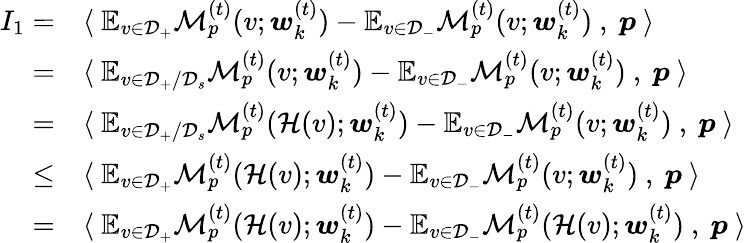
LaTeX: \begin{array}{rl}{I_{1}=}&{\langle~\mathbb{E}_{v\in\mathcal{D}_{+}}\mathcal{M}_{p}^{(t)}(v;{\boldsymbol w}_{k}^{(t)})-\mathbb{E}_{v\in\mathcal{D}_{-}}\mathcal{M}_{p}^{(t)}(v;{\boldsymbol w}_{k}^{(t)})~,~{\boldsymbol p}~\rangle}\\ {=}&{\langle~\mathbb{E}_{v\in\mathcal{D}_{+}/\mathcal{D}_{s}}\mathcal{M}_{p}^{(t)}(v;{\boldsymbol w}_{k}^{(t)})-\mathbb{E}_{v\in\mathcal{D}_{-}}\mathcal{M}_{p}^{(t)}(v;{\boldsymbol w}_{k}^{(t)})~,~{\boldsymbol p}~\rangle}\\ {=}&{\langle~\mathbb{E}_{v\in\mathcal{D}_{+}/\mathcal{D}_{s}}\mathcal{M}_{p}^{(t)}(\mathcal{H}(v);{\boldsymbol w}_{k}^{(t)})-\mathbb{E}_{v\in\mathcal{D}_{-}}\mathcal{M}_{p}^{(t)}(v;{\boldsymbol w}_{k}^{(t)})~,~{\boldsymbol p}~\rangle}\\ {\le}&{\langle~\mathbb{E}_{v\in\mathcal{D}_{+}}\mathcal{M}_{p}^{(t)}(\mathcal{H}(v);{\boldsymbol w}_{k}^{(t)})-\mathbb{E}_{v\in\mathcal{D}_{-}}\mathcal{M}_{p}^{(t)}(v;{\boldsymbol w}_{k}^{(t)})~,~{\boldsymbol p}~\rangle}\\ {=}&{\langle~\mathbb{E}_{v\in\mathcal{D}_{+}}\mathcal{M}_{p}^{(t)}(\mathcal{H}(v);{\boldsymbol w}_{k}^{(t)})-\mathbb{E}_{v\in\mathcal{D}_{-}}\mathcal{M}_{p}^{(t)}(\mathcal{H}(v);{\boldsymbol w}_{k}^{(t)})~,~{\boldsymbol p}~\rangle}\end{array}